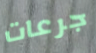
جرعات